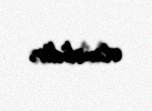
etməlidir.